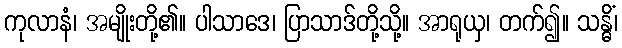
ကုလာနံ၊ အမျိုးတို့၏။ ပါသာဒေ၊ ပြာသာဒ်တို့သို့။ အာရုယှ၊ တက်၍။ သန္ဓိံ၊